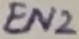
Text: EN2